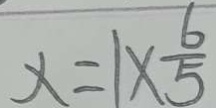
x = 1 \times \frac { 6 } { 5 }